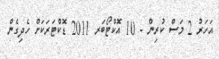
އަހަރު 2 މަސް ކުރިން - 10 އޮކްޓޯބަރ 2011 ޑޮކްޓަރަކަށް ހެދިގެން